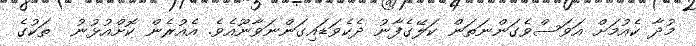
މުދާ ކެއުމަށް އަވަސްވެގަންނަތަން ކަލޭގެފާނު ދެކެވަޑައިގަންނަވާނޫއެވެ. އެއުރެން ކޮށްއުޅުނު  ތަކުގެ